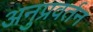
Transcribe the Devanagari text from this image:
अनुप्रवर्तन